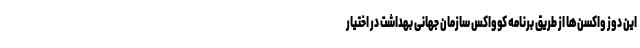
این دوز واکسن‌ها از طریق برنامه کوواکس سازمان جهانی بهداشت در اختیار